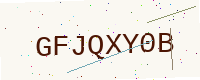
Text: GFJQXY0B